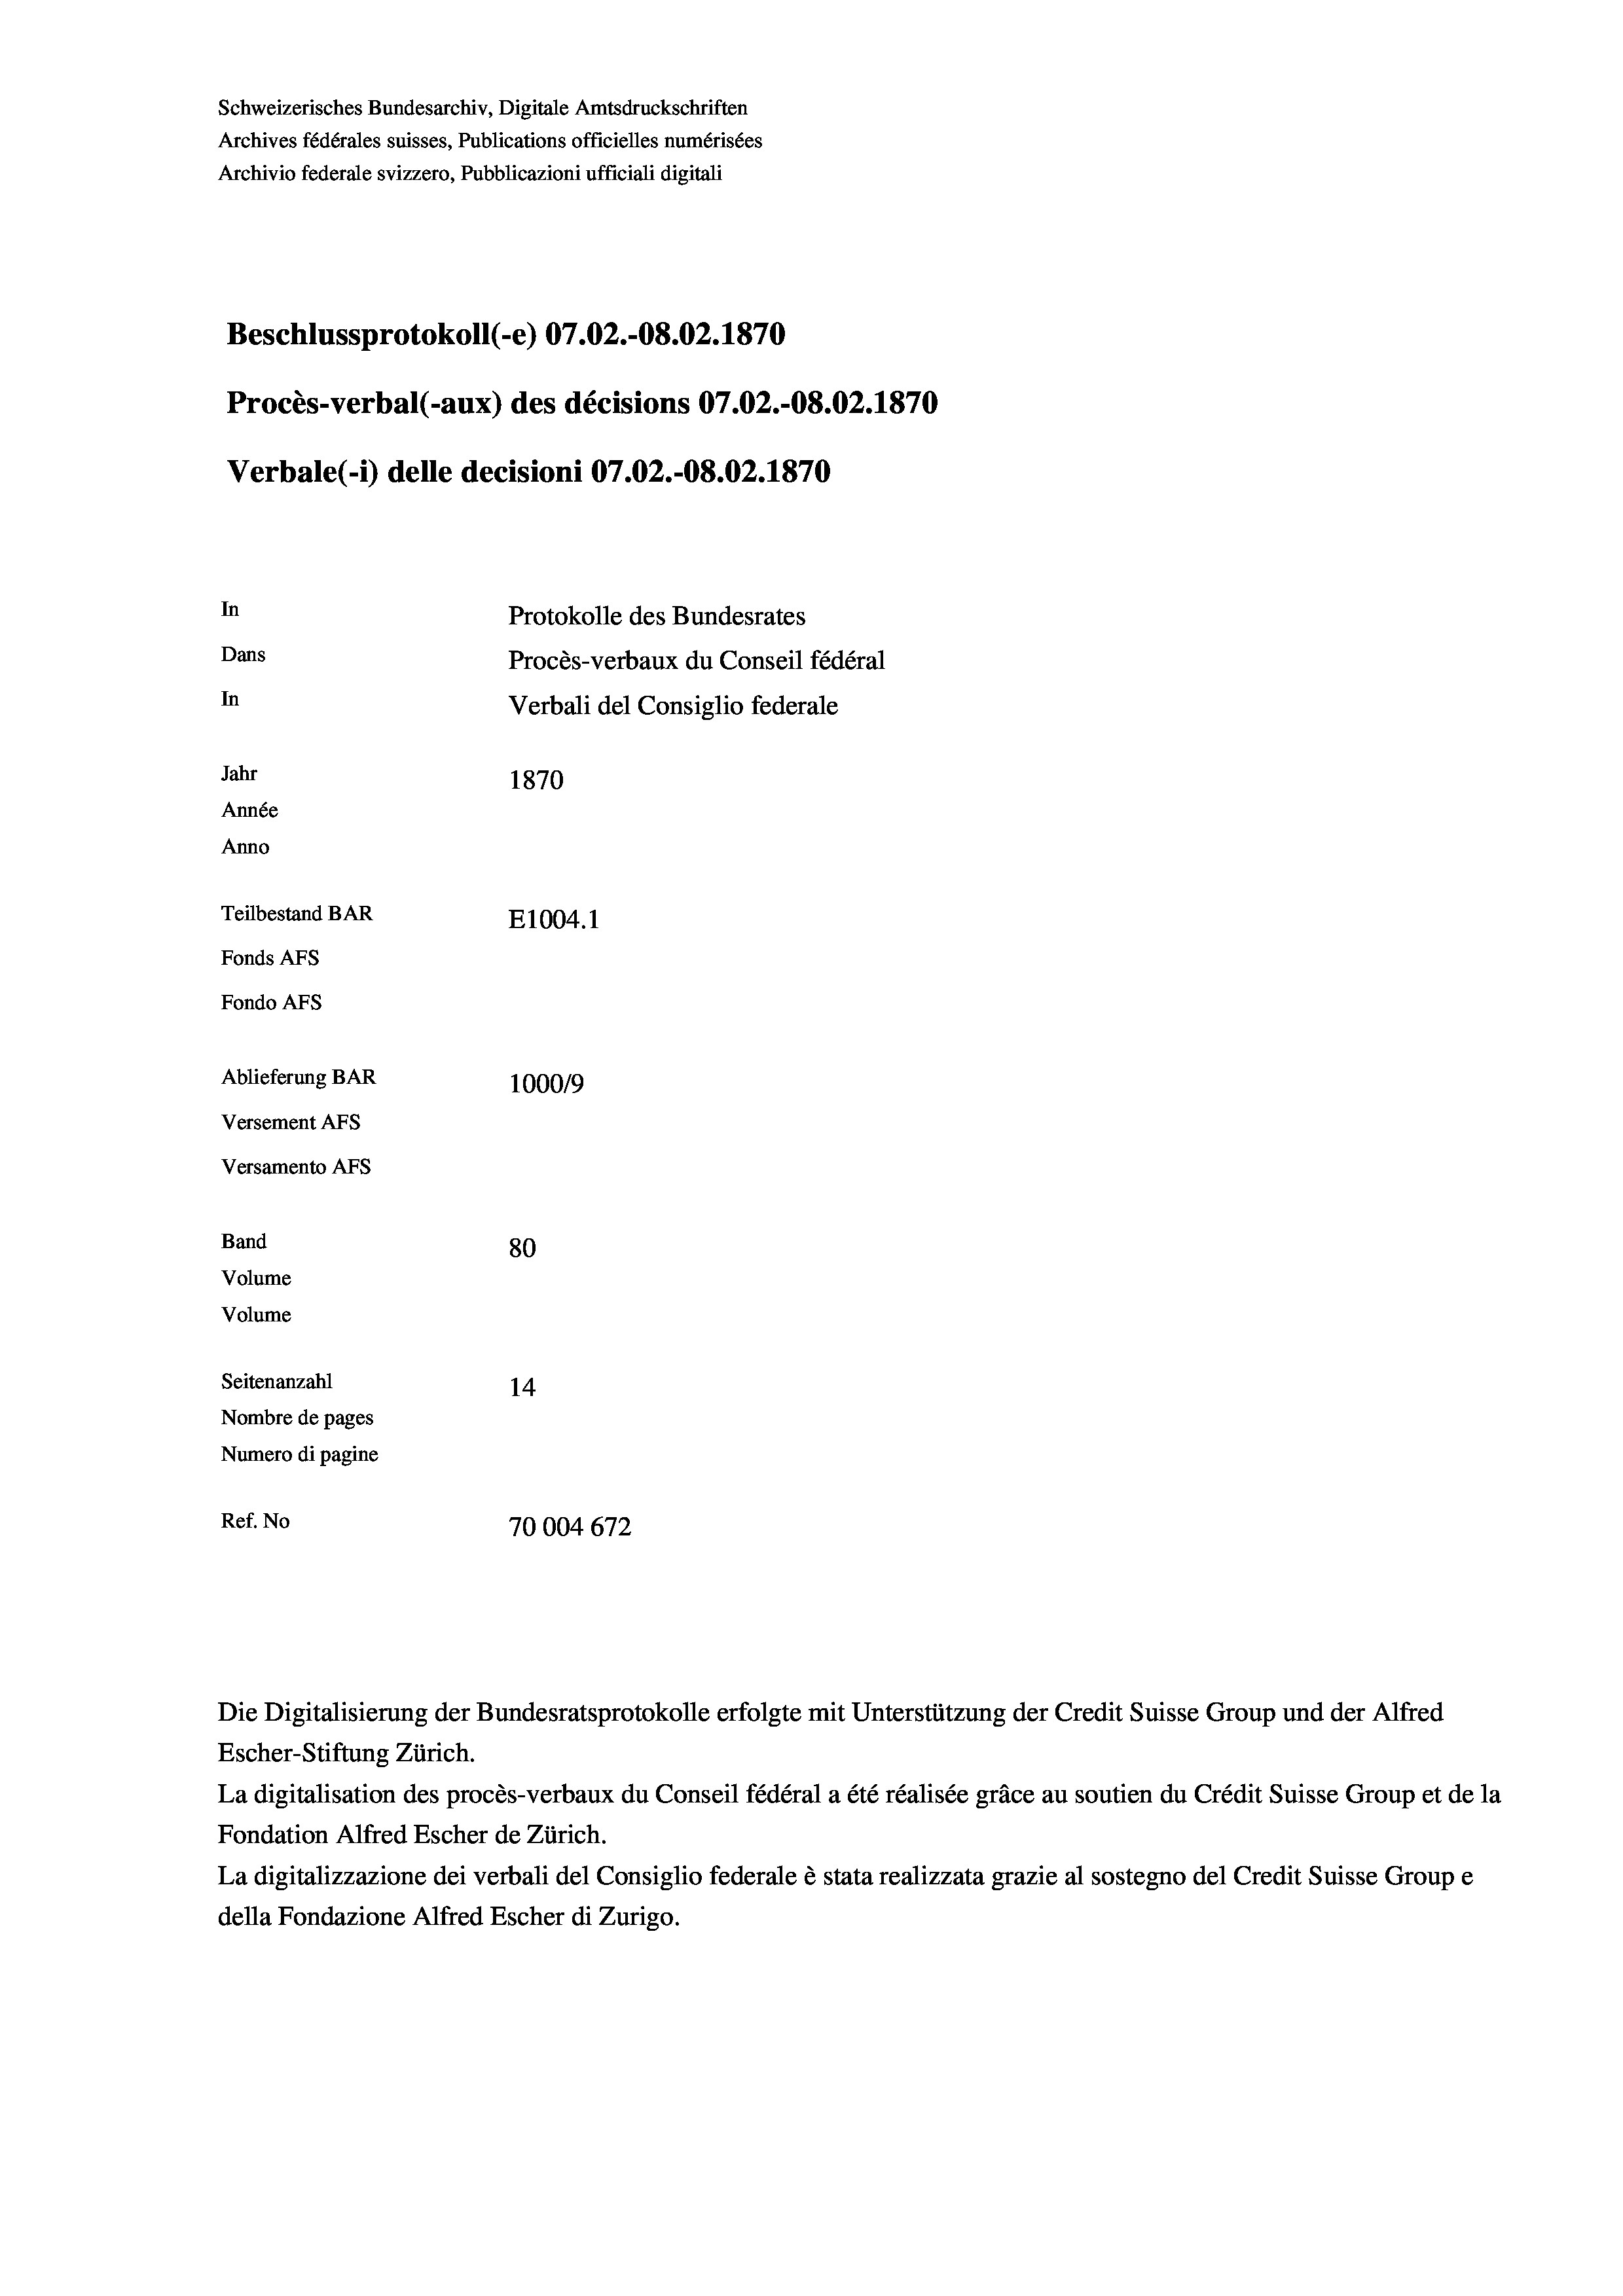
Schweizerisches Bundesarchiv, Digitale Amtsdruckschriften
Archives fédérales suisses, Publications officielles numérisées
Archivio federale svizzero, Pubblicazioni ufficiali digitali
Beschlussprotokoll (-e) 07.02.-08.02. 1870
Procès-verbal (-aux) des décisions 07.02.-08.02. 1870
Verbale (i) delle decisioni 07.02.-08.02. 1870
In
Protokolle des Bundesrates
Dans
Procès-verbaux du Conseil fédéral
In
Verbali del Consiglio federale
Jahr
1870
Année
Anno
Teilbestand BAR
E1004. 1
Fonds AFs
Fondo Afs
Ablieferung BAR
100019
Versement AFs
Versamento Afs
Band
80
Volume
Volume
Seitenanzahl
14
Nombre de pages
Numero di pagine
Ref. No
70004 672

La digitalisation des procès-verbaux du Conseil fédéral a été réalisée gräce au soutien du Crédit Suisse Group et de la
Fondation Alfred Escher de Zürich.
La digitalizzazione dei verbali del Consiglio federale è stata realizzata grazie al sostegno del Credit Suisse Groupe
della Fondazione Alfred Escher di Zurigo.

Die Digitalisierung der Bundesratsprotokolle erfolgte mit Unterstützung der Credit Suisse Group und der Alfred
Escher-Stiftung Zürich.